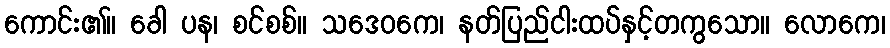
ကောင်း၏။ ခေါ ပန၊ စင်စစ်။ သဒေဝကေ၊ နတ်ပြည်ငါးထပ်နှင့်တကွသော။ လောကေ၊